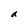
Character: a